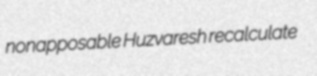
nonapposable Huzvaresh recalculate